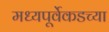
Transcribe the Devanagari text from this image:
मध्यपूर्वेकडच्या